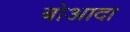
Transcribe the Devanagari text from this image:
बोआदा